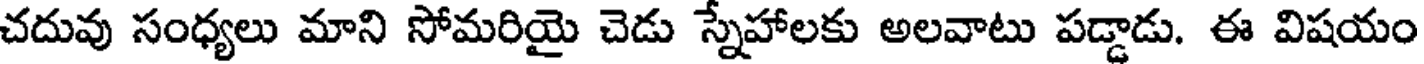
చదువు సంధ్యలు మాని సోమరియై చెడు స్నేహాలకు అలవాటు పడ్డాడు. ఈ విషయం